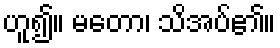
ဟူ၍။ မတော၊ သိအပ်၏။